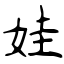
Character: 娃